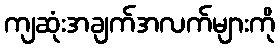
ကျဆုံးအချက်အလက်များကို